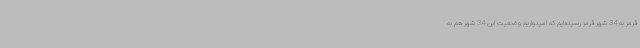
قرمز به 34 شهر قرمز رسیده‌ایم که امیدواریم وضعیت این 34 شهر هم به